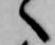
へ